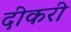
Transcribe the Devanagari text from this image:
दीकरी